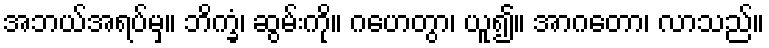
အဘယ်အရပ်မှ။ ဘိက္ခံ၊ ဆွမ်းကို။ ဂဟေတွာ၊ ယူ၍။ အာဂတော၊ လာသည်။